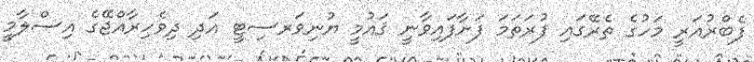
ފެބްރުއަރީ މަހުގެ ތެރޭގައި ފުރަތަމަ ފަށާފައިވާނީ ޤައުމީ ޔުނިވަރސިޓީ އަދި ދިވެހިރާއްޖޭގެ އިސްލާމީ